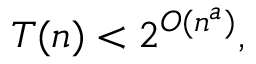
T ( n ) < 2 ^ { O ( n ^ { a } ) } ,